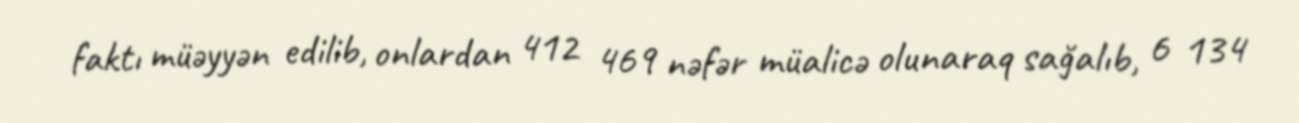
faktı müəyyən edilib, onlardan 412 469 nəfər müalicə olunaraq sağalıb, 6 134